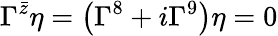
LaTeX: \Gamma^{\bar{z}}\eta=\left(\Gamma^{8}+i\Gamma^{9}\right)\eta=0